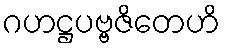
ဂဟဋ္ဌပဗ္ဗဇိတေဟိ